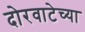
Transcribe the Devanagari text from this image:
दोरवाटेच्या